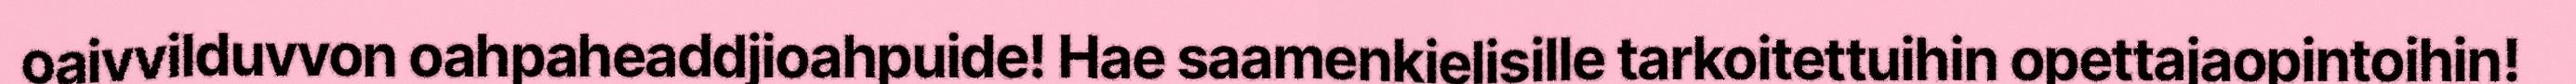
oaivvilduvvon oahpaheaddjioahpuide! Hae saamenkielisille tarkoitettuihin opettajaopintoihin!